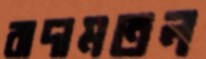
বাদামতল